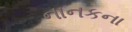
નાનકના